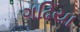
ગઢિયા